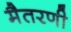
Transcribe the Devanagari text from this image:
मैतरणी